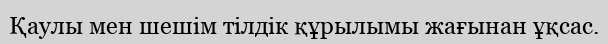
Қаулы мен шешім тілдік құрылымы жағынан ұқсас.